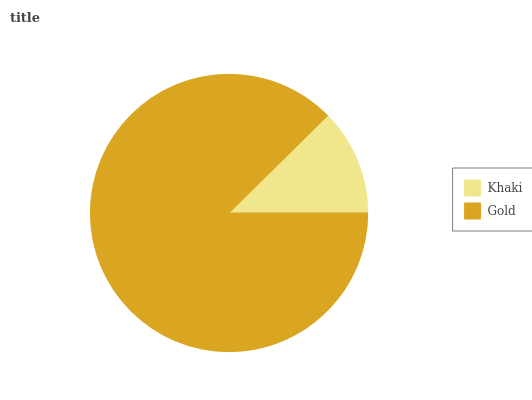
| Khaki | Gold |
 | --- | --- |
 | 12.4% | 87.6% |